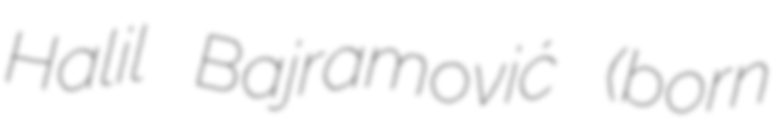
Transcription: Halil Bajramović (born